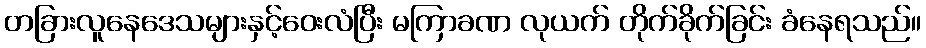
တခြားလူနေဒေသများနှင့်ဝေးလံပြီး မကြာခဏ လုယက် တိုက်ခိုက်ခြင်း ခံနေရသည်။